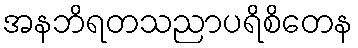
အနဘိရတသညာပရိစိတေန